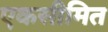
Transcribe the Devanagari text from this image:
एकसीमित